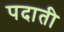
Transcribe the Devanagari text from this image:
पदाती